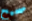
صحيح